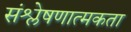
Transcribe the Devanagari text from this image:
संश्लेषणात्मकता